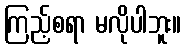
ကြည့်စရာ မလိုပါဘူး။